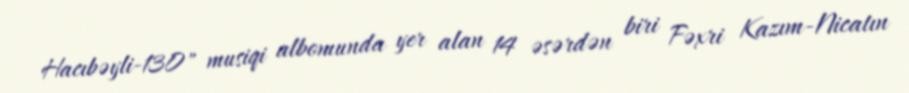
Hacıbəyli-130" musiqi albomunda yer alan 14 əsərdən biri Fəxri Kazım-Nicatın